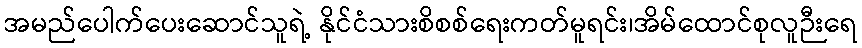
အမည်ပေါက်ပေးဆောင်သူရဲ့ နိုင်ငံသားစိစစ်ရေးကတ်မူရင်း၊အိမ်ထောင်စုလူဉီးရေ